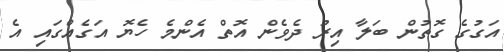
އަގުގެ ގޮތުން ބަލާ އިރު ދެވެން އޮތް އެންމެ ހެޔޮ އަގެއްގައި އެ